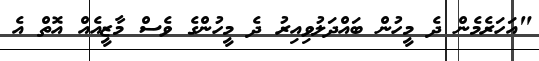
"އަހަރެމެން ދެ މީހުން ބައްދަލުވިއިރު ދެ މީހުންގެ ވެސް މާޒީއެއް އޮތް އެ